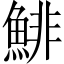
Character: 鯡